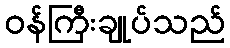
ဝန်ကြီးချုပ်သည်